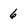
Character: 6